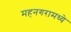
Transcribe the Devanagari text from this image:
महनगरामध्ये